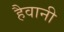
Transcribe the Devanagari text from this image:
हैवानी